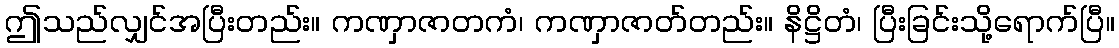
ဤသည်လျှင်အပြီးတည်း။ ကဏှာဇာတကံ၊ ကဏှာဇာတ်တည်း။ နိဋ္ဌိတံ၊ ပြီးခြင်းသို့ရောက်ပြီ။